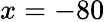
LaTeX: x=-80